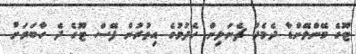
ޓޫގެ މޭންލޭންޑާ ދެމެދު ޗެނަލިން ހެދުމުގެ އިތުރުން ފޭސް ޓޫގެ ދެ ހާބަރަށް